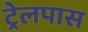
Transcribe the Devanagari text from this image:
ट्रेलपास